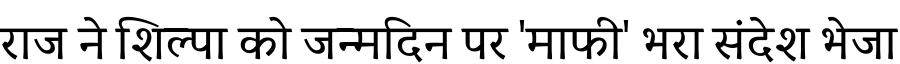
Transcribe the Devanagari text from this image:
राज ने शिल्पा को जन्मदिन पर 'माफी' भरा संदेश भेजा